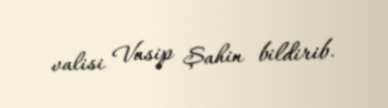
valisi Vasip Şahin bildirib.